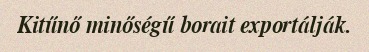
Kitűnő minőségű borait exportálják.